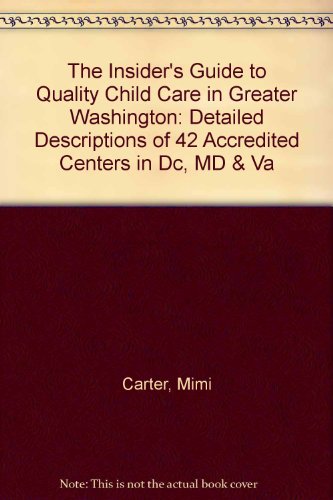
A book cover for The Insider's Guide to Quality Child Care in Greater Washington: Detailed Descriptions of 42 Accredited Centers in Dc, MD & Va; Mimi Carter; Parenting & Relationships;